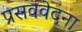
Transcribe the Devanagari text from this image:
प्रसववेदना